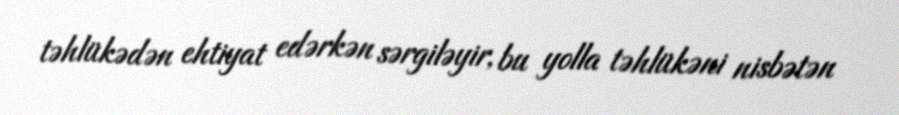
təhlükədən ehtiyat edərkən sərgiləyir, bu yolla təhlükəni nisbətən